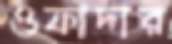
ওফাদার